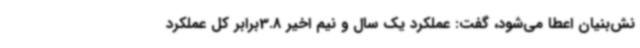
نش‌بنیان اعطا می‌شود، گفت: عملکرد یک سال و نیم اخیر 3.8برابر کل عملکرد